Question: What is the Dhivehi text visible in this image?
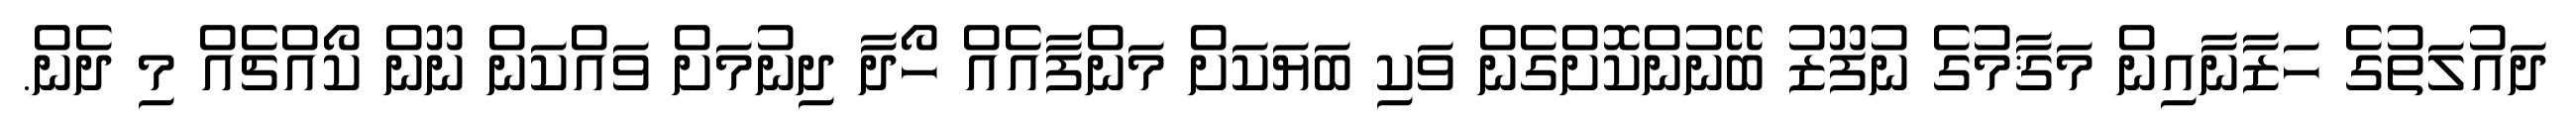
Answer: ދައުލަތުގެ ހަޒާނާއިން މަޤާމުގެ ނުފޫޒު ބޭނުންކޮށްގެން ވަކި ބަޔަކަށް މަންފާއެއް ހޯދާ ދިނުމަށް ވައްކަން ނޫން ކޯއްޗެއް މި ދެން.